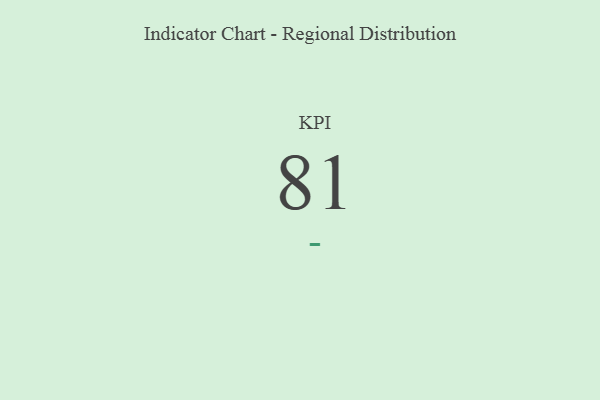
{"axis": {"x": "KPI", "y": "Value"}, "legend": [""], "data": [{"x": "KPI", "y": 81, "type": ""}]}